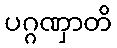
ပဂ္ဂဏှာတိ